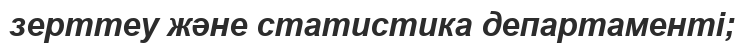
зерттеу және статистика департаменті;